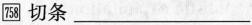
\boxed{758} 切条 ___